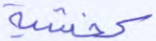
كخشية